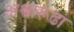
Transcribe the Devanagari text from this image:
अश्वारूढा